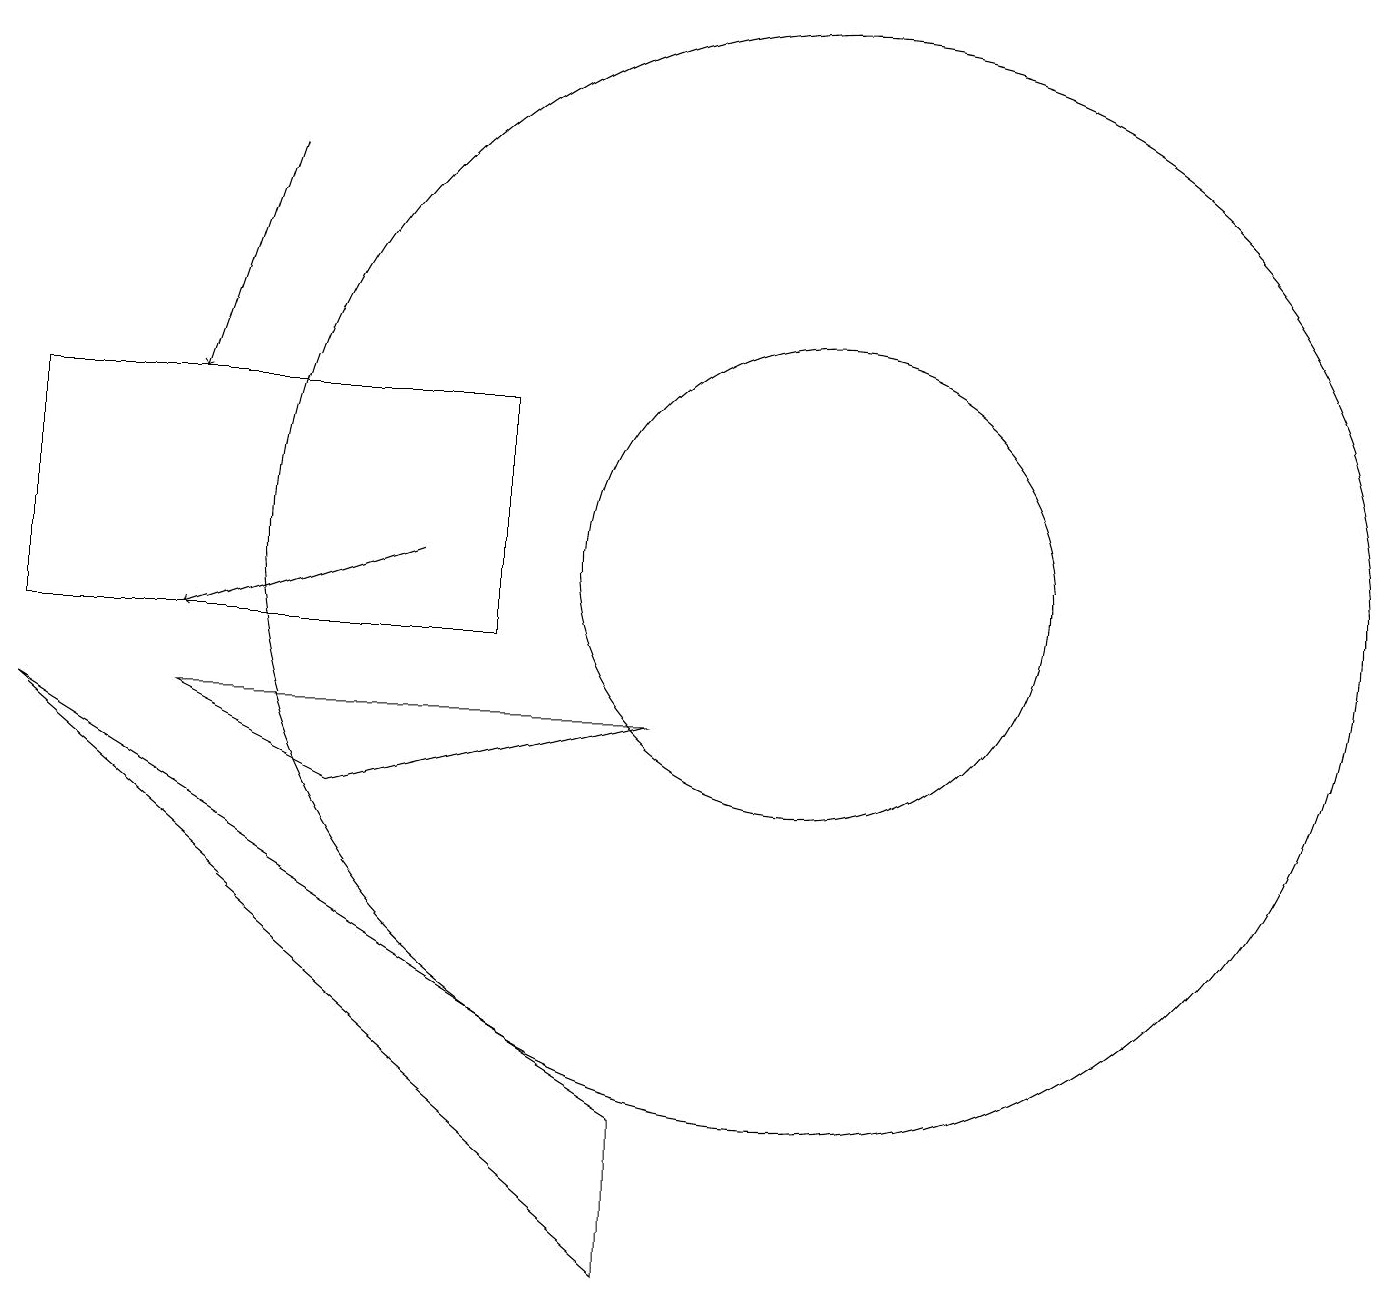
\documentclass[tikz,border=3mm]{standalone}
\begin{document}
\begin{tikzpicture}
\draw[->] (3,16) -- (2,13);
\draw (10,11) circle (7);
\draw[->] (5,11) -- (2,10);
\draw (0,10) rectangle (6,13);
\draw (10,11) circle (3);
\draw (8,9) -- (4,8) -- (2,9) -- cycle;
\draw (8,4) -- (0,9) -- (8,2) -- cycle;
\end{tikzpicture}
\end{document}